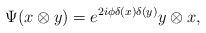
LaTeX: \begin{align*}\Psi (x \otimes y) = e^{2 i\phi \delta(x)\delta(y)} y \otimes x, \end{align*}